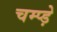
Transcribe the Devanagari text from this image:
चम्प्ड़े